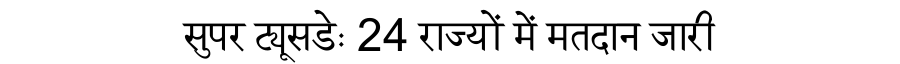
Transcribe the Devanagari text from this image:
सुपर ट्यूसडेः 24 राज्यों में मतदान जारी